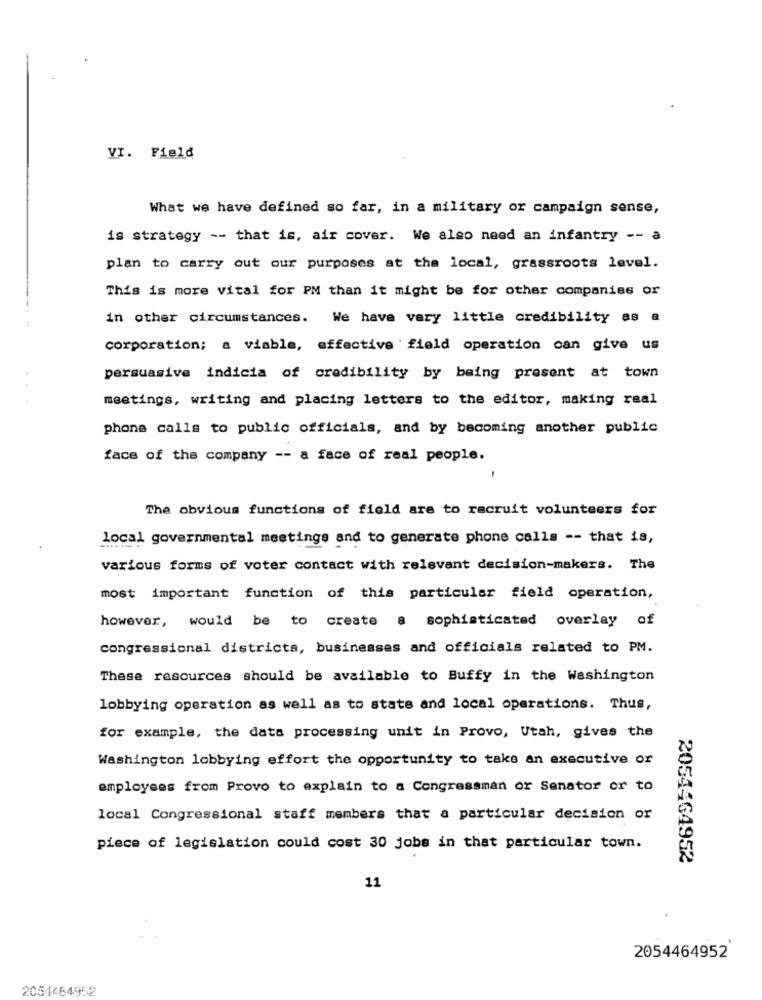
VI. Field
What we have defined so far, in a military or campaign sense,
is strategy -- that is, air cover. We also need an infantry -- a
plan to carry out our purposes at the local, grassroots level.
This is more vital for PM than it might be for other companies or
in other circumstances. We have very little credibility as a
corporation; a viable, effective field operation can give us
persuasive indicia of credibility by being present at town
meetings, writing and placing letters to the editor, making real
phone calls to public officials, and by becoming another public
face of the company -- a face of real people.
-
The obvious functions of field are to recruit volunteers for
local governmental meetings and to generate phone calls -- that is,
various forms of voter contact with relevant decision-makers. The
most important function of this particular field operation,
however, would be to create a sophisticated overlay of
congressional districts, businesses and officials related to PM.
These resources should be available to Buffy in the Washington
lobbying operation as well as to state and local operations. Thus,
for example, the data processing unit in Provo, Utah, gives the
Washington lobbying effort the opportunity to take an executive or
employees from Provo to explain to a Congressman or Senator or to
local Congressional staff members that a particular decision or
piece of legislation could cost 30 jobs in that particular town.
2054464952
11
2054464952
2054464952